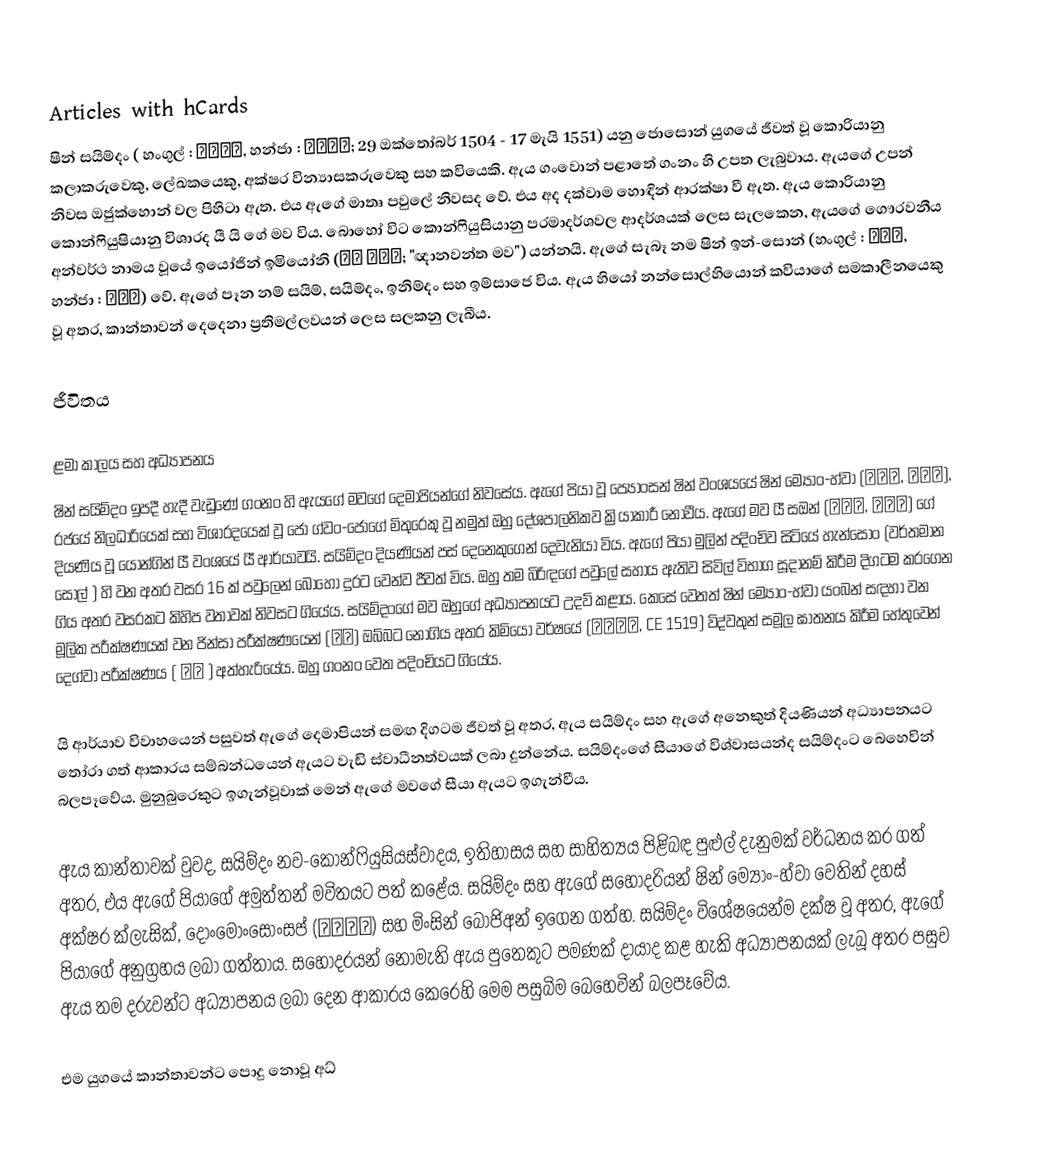
Articles with hCards
ෂින් සයිම්දං ( හංගුල් : 신사임당, හන්ජා : 申師任堂; 29 ඔක්තෝබර් 1504 - 17 මැයි 1551) යනු ජොසොන් යුගයේ ජීවත් වූ කොරියානු කලාකරුවෙකු, ලේඛකයෙකු, අක්ෂර වින්‍යාසකරුවෙකු සහ කවියෙකි. ඇය ගංවොන් පළාතේ ගංනං හි උපත ලැබුවාය. ඇයගේ උපන් නිවස ඔජුක්හොන් වල පිහිටා ඇත. එය ඇගේ මාතෘ පවුලේ නිවසද වේ. එය අද දක්වාම හොඳින් ආරක්ෂා වී ඇත. ඇය කොරියානු කොන්ෆියුෂියානු විශාරද යී යි ගේ මව විය. බොහෝ විට කොන්ෆියුසියානු පරමාදර්ශවල ආදර්ශයක් ලෙස සැලකෙන, ඇයගේ ගෞරවනීය අන්වර්ථ නාමය වූයේ ඉයෝජින් ඉමියෝනි (어진 어머니; "ඥානවන්ත මව") යන්නයි. ඇගේ සැබෑ නම ෂින් ඉන්-සොන් (හංගුල් : 신인선, හන්ජා : 申仁善) වේ. ඇගේ පෑන නම් සයිම්, සයිම්දං, ඉනිම්දං සහ ඉම්සාජෙ විය. ඇය හියෝ නන්සොල්හියොන් කවියාගේ සමකාලීනයෙකු වූ අතර, කාන්තාවන් දෙදෙනා ප්‍රතිමල්ලවයන් ලෙස සලකනු ලැබීය.

ජීවිතය

ළමා කාලය සහ අධ්‍යාපනය
ෂින් සයිම්දං  ඉපදී හැදී වැඩුණේ ගංනං හි ඇයගේ මවගේ දෙමාපියන්ගේ නිවසේය. ඇගේ පියා වූ ප්‍යොංසන් ෂින් වංශයයේ ෂින් ම්‍යොං-හ්වා (신명화, 申命和), රජයේ නිලධාරියෙක් සහ විශාරදයෙක් වූ ජෝ ග්වං-ජොගේ මිතුරෙකු වූ නමුත් ඔහු දේශපාලනිකව ක්‍රියාකාරී නොවීය. ඇගේ මව යී සඔන් (이사온, 李思溫) ගේ දියණිය වූ යොන්ගින් යී වංශයේ යී ආර්යාවයි. සයිම්දං දියණියන් පස් දෙනෙකුගෙන් දෙවැනියා විය. ඇගේ පියා මුලින් පදිංචිව සිටියේ හැන්සොං (වර්තමාන සෝල් ) හි වන අතර වසර 16 ක් පවුලෙන් බොහෝ දුරට වෙන්ව ජීවත් විය. ඔහු තම බිරිඳගේ පවුලේ සහාය ඇතිව සිවිල් විභාග සූදානම් කිරීම දිගටම කරගෙන ගිය අතර වසරකට කිහිප වතාවක් නිවසට ගියේය. සයිම්දංගේ මව ඔහුගේ අධ්‍යාපනයට උදව් කළාය. කෙසේ වෙතත් ෂින් ම්‍යොං-හ්වා යංබන් සඳහා වන මූලික පරීක්ෂණයක් වන ජින්සා පරීක්ෂණයෙන් (진사) ඔබ්බට නොගිය අතර කිමියෝ වර්ෂයේ (기묘사화, CE 1519) විද්වතුන් සමූල ඝාතනය කිරීම හේතුවෙන් දෙග්වා පරීක්ෂණය ( 대과 ) අත්හැරියේය. ඔහු ගංනං වෙත පදිංචියට ගියේය.

යි ආර්යාව විවාහයෙන් පසුවත් ඇගේ දෙමාපියන් සමඟ දිගටම ජීවත් වූ අතර, ඇය සයිම්දං සහ ඇගේ අනෙකුත් දියණියන් අධ්‍යාපනයට තෝරා ගත් ආකාරය සම්බන්ධයෙන් ඇයට වැඩි ස්වාධීනත්වයක් ලබා දුන්නේය. සයිම්දංගේ සීයාගේ විශ්වාසයන්ද සයිම්දංට බෙහෙවින් බලපෑවේය. මුනුබුරෙකුට ඉගැන්වූවාක් මෙන් ඇගේ මවගේ සීයා ඇයට ඉගැන්වීය.

ඇය කාන්තාවක් වුවද, සයිම්දං නව-කොන්ෆියුසියස්වාදය, ඉතිහාසය සහ සාහිත්‍යය පිළිබඳ පුළුල් දැනුමක් වර්ධනය කර ගත් අතර, එය ඇගේ පියාගේ අමුත්තන් මවිතයට පත් කළේය. සයිම්දං සහ ඇගේ සහෝදරියන් ෂින් ම්‍යොං-හ්වා වෙතින් දහස් අක්ෂර ක්ලැසික්, දෝංමෝංසොංසප් (동몽선습) සහ මිංසින් බොජිඅන් ඉගෙන ගත්හ. සයිම්දං විශේෂයෙන්ම දක්ෂ වූ අතර, ඇගේ පියාගේ අනුග්‍රහය ලබා ගත්තාය. සහෝදරයන් නොමැති ඇය පුතෙකුට පමණක් දායාද කළ හැකි අධ්‍යාපනයක් ලැබූ අතර පසුව ඇය තම දරුවන්ට අධ්‍යාපනය ලබා දෙන ආකාරය කෙරෙහි මෙම පසුබිම බෙහෙවින් බලපෑවේය.

එම යුගයේ කාන්තාවන්ට පොදු නොවූ අධ්‍